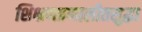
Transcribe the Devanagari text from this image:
शिक्षणप्रणालीतसुद्धा